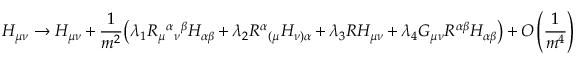
H _ { \mu \nu } \rightarrow H _ { \mu \nu } + \frac { 1 } { m ^ { 2 } } \bigl ( \lambda _ { 1 } R _ { \mu } { } ^ { \alpha } { } _ { \nu } { } ^ { \beta } H _ { \alpha \beta } + \lambda _ { 2 } R ^ { \alpha } { } _ { ( \mu } H _ { \nu ) \alpha } + \lambda _ { 3 } R H _ { \mu \nu } + \lambda _ { 4 } G _ { \mu \nu } R ^ { \alpha \beta } H _ { \alpha \beta } \bigr ) + O \left( \frac { 1 } { m ^ { 4 } } \right)